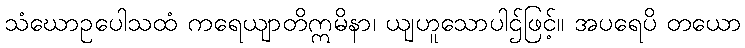
သံဃောဥပေါသထံ ကရေယျာတိဣမိနာ၊ ယျဟူသောပါဌ်ဖြင့်။ အပရေပိ တယော